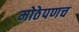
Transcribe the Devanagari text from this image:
मोठेपणच